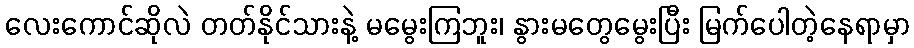
လေးကောင်ဆိုလဲ တတ်နိုင်သားနဲ့ မမွေးကြဘူး၊ နွားမတွေမွေးပြီး မြက်ပေါတဲ့နေရာမှာ